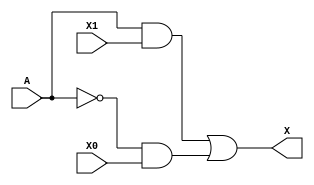
module mux2to1 (A, X1, X0, X);
  input A;
  input X1;
  input X0;
  output X;
  
  wire t0;
  wire t1;
  wire t2;
  wire t3;
  
  not not00 (t0, A);
  not not01 (t1, t0);
  and and00 (t2, t1, X1);
  and and01 (t3, t0, X0);
  or or00 (X, t2, t3);
  
endmodule